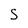
Character: S